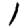
Digit: 1